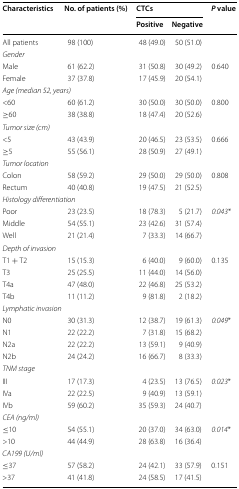
<table><thead><tr><td rowspan="2"><b>Characteristics</b></td><td rowspan="2"><b>No. of patients (%)</b></td><td colspan="2"><b>CTCs</b></td><td rowspan="2"><b><i>P</i> value</b></td></tr><tr><td><b>Positive</b></td><td><b>Negative</b></td></tr></thead><tbody><tr><td>All patients</td><td>98 (100)</td><td>48 (49.0)</td><td>50 (51.0)</td><td></td></tr><tr><td colspan="5"><i>Gender</i></td></tr><tr><td>Male</td><td>61 (62.2)</td><td>31 (50.8)</td><td>30 (49.2)</td><td rowspan="2">0.640</td></tr><tr><td>Female</td><td>37 (37.8)</td><td>17 (45.9)</td><td>20 (54.1)</td></tr><tr><td colspan="5"><i>Age (median 52, years)</i></td></tr><tr><td>&lt;60</td><td>60 (61.2)</td><td>30 (50.0)</td><td>30 (50.0)</td><td rowspan="2">0.800</td></tr><tr><td>≥60</td><td>38 (38.8)</td><td>18 (47.4)</td><td>20 (52.6)</td></tr><tr><td colspan="5"><i>Tumor size (cm)</i></td></tr><tr><td>&lt;5</td><td>43 (43.9)</td><td>20 (46.5)</td><td>23 (53.5)</td><td rowspan="2">0.666</td></tr><tr><td>≥5</td><td>55 (56.1)</td><td>28 (50.9)</td><td>27 (49.1)</td></tr><tr><td colspan="5"><i>Tumor location</i></td></tr><tr><td>Colon</td><td>58 (59.2)</td><td>29 (50.0)</td><td>29 (50.0)</td><td rowspan="2">0.808</td></tr><tr><td>Rectum</td><td>40 (40.8)</td><td>19 (47.5)</td><td>21 (52.5)</td></tr><tr><td colspan="5"><i>Histology differentiation</i></td></tr><tr><td>Poor</td><td>23 (23.5)</td><td>18 (78.3)</td><td>5 (21.7)</td><td rowspan="3"><i>0.043</i>*</td></tr><tr><td>Middle</td><td>54 (55.1)</td><td>23 (42.6)</td><td>31 (57.4)</td></tr><tr><td>Well</td><td>21 (21.4)</td><td>7 (33.3)</td><td>14 (66.7)</td></tr><tr><td colspan="5"><i>Depth of invasion</i></td></tr><tr><td>T1 + T2</td><td>15 (15.3)</td><td>6 (40.0)</td><td>9 (60.0)</td><td rowspan="4">0.135</td></tr><tr><td>T3</td><td>25 (25.5)</td><td>11 (44.0)</td><td>14 (56.0)</td></tr><tr><td>T4a</td><td>47 (48.0)</td><td>22 (46.8)</td><td>25 (53.2)</td></tr><tr><td>T4b</td><td>11 (11.2)</td><td>9 (81.8)</td><td>2 (18.2)</td></tr><tr><td colspan="5"><i>Lymphatic invasion</i></td></tr><tr><td>N0</td><td>30 (31.3)</td><td>12 (38.7)</td><td>19 (61.3)</td><td rowspan="4"><i>0.049</i>*</td></tr><tr><td>N1</td><td>22 (22.2)</td><td>7 (31.8)</td><td>15 (68.2)</td></tr><tr><td>N2a</td><td>22 (22.2)</td><td>13 (59.1)</td><td>9 (40.9)</td></tr><tr><td>N2b</td><td>24 (24.2)</td><td>16 (66.7)</td><td>8 (33.3)</td></tr><tr><td colspan="5"><i>TNM stage</i></td></tr><tr><td>III</td><td>17 (17.3)</td><td>4 (23.5)</td><td>13 (76.5)</td><td rowspan="3"><i>0.023</i>*</td></tr><tr><td>IVa</td><td>22 (22.5)</td><td>9 (40.9)</td><td>13 (59.1)</td></tr><tr><td>IVb</td><td>59 (60.2)</td><td>35 (59.3)</td><td>24 (40.7)</td></tr><tr><td colspan="5"><i>CEA (ng/ml)</i></td></tr><tr><td>≤10</td><td>54 (55.1)</td><td>20 (37.0)</td><td>34 (63.0)</td><td rowspan="2"><i>0.014</i>*</td></tr><tr><td>&gt;10</td><td>44 (44.9)</td><td>28 (63.8)</td><td>16 (36.4)</td></tr><tr><td colspan="5"><i>CA199 (U/ml)</i></td></tr><tr><td>≤37</td><td>57 (58.2)</td><td>24 (42.1)</td><td>33 (57.9)</td><td rowspan="2">0.151</td></tr><tr><td>&gt;37</td><td>41 (41.8)</td><td>24 (58.5)</td><td>17 (41.5)</td></tr></tbody></table>